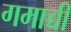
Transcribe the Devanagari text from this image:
गमाच्ची